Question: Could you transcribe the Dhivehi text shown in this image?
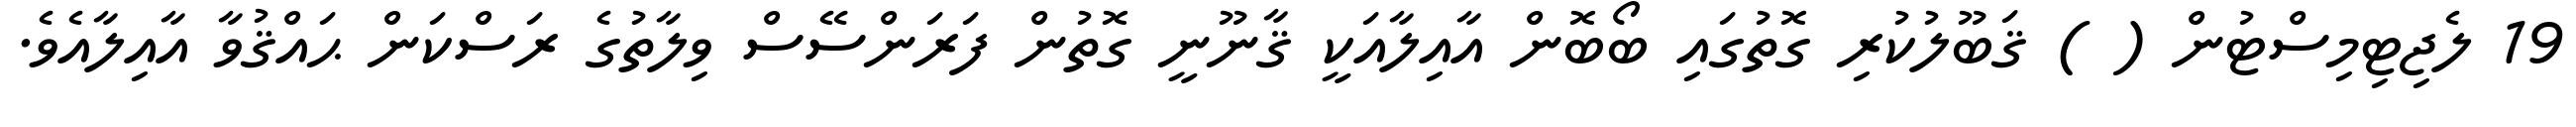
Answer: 19 ލެޖިޓިމިސްޓުން ( ) ޤަބޫލުކުރި ގޮތުގައި ބޯބޮން އާއިލާއަކީ ޤާނޫނީ ގޮތުން ފަރަންސޭސް ވިލާތުގެ ރަސްކަން ޙައްޤުވާ އާއިލާއެވެ.